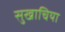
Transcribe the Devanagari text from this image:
सुखाचिया